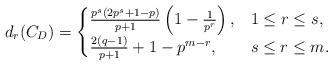
LaTeX: \begin{align*} d_r(C_D)=\begin{cases}\frac{p^s(2p^s+1-p)}{p+1}\left(1-\frac{1}{p^r}\right), & 1 \le r \le s, \\\frac{2(q-1)}{p+1}+1-p^{m-r}, & s \le r \le m.\end{cases}\end{align*}